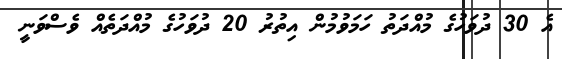
އެ 30 ދުވަހުގެ މުއްދަތު ހަމަވުމުން އިތުރު 20 ދުވަހުގެ މުއްދަތެއް ވެސްވަނީ